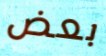
بعض